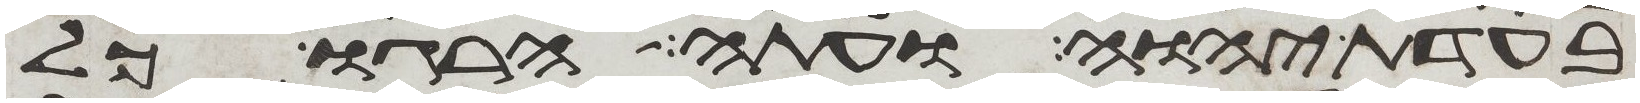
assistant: בעדת יהוה ועתה הרגו כל